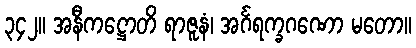
၃၄၂။ အနီကဋ္ဌောတိ ရာဇူနံ၊ အင်္ဂရက္ခဂဏော မတော။